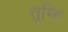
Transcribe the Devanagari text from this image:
तुम्हि